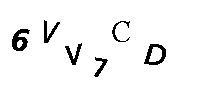
6VV7CD